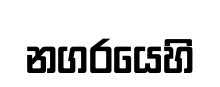
නගරයෙහි